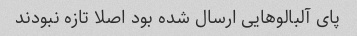
پای آلبالوهایی ارسال شده بود اصلا تازه نبودند